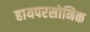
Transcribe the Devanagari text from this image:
हायपरसोनिक